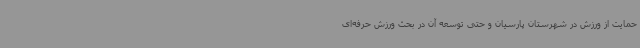
حمایت از ورزش در شهرستان پارسیان و حتی توسعه آن در بحث ورزش حرفه‌ای